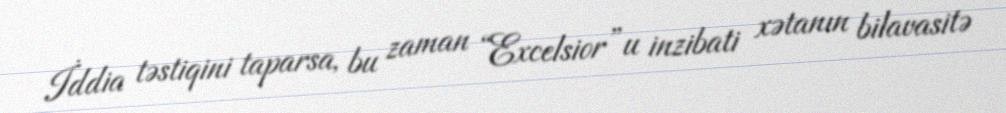
İddia təstiqini taparsa, bu zaman “Excelsior”u inzibati xətanın bilavasitə